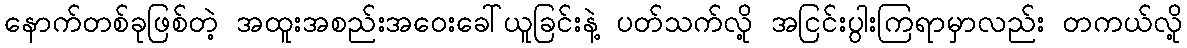
နောက်တစ်ခုဖြစ်တဲ့ အထူးအစည်းအဝေးခေါ်ယူခြင်းနဲ့ ပတ်သက်လို့ အငြင်းပွါးကြရာမှာလည်း တကယ်လို့